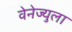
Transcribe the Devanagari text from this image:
वेनेज्युला